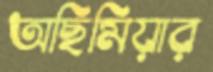
অছিমিয়ার